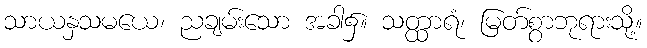
သာယနှသမယေ၊ ညချမ်းသော အခါ၌။ သတ္ထာရံ၊ မြတ်စွာဘုရားသို့။